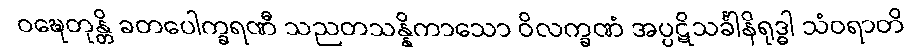
ဝဍ္ဎေတုန္တိ ခတပေါက္ခရဏီ သညတသန္နိကာသော ဝိလက္ခဏံ အပ္ပဋိသင်္ခါနိရုဒ္ဓါ သံဝရာတိ